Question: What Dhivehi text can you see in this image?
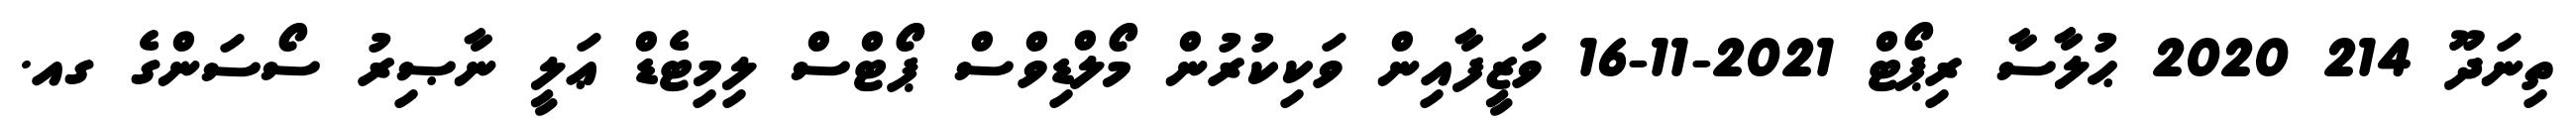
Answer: ތިނަދޫ 214 2020 ޙުލާސާ ރިޕޯޓް 2021-11-16 ވަޒީފާއިން ވަކިކުރުން މޯލްޑިވްސް ޕޯޓްސް ލިމިޓެޑް ޢަލީ ނާޞިރު ސޯސަންގެ ގއ.